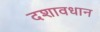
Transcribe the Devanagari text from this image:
दशावधान